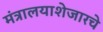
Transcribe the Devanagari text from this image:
मंत्रालयाशेजारचे